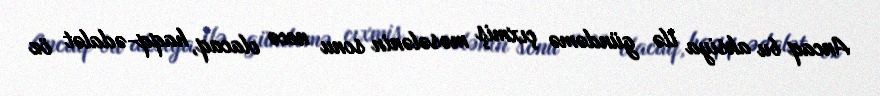
Ancaq bu aksiya ilə gündəmə çıxmiş məsələnin sonu necə olacaq, haqq-ədalət öz